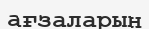
ағзаларын